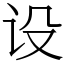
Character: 设